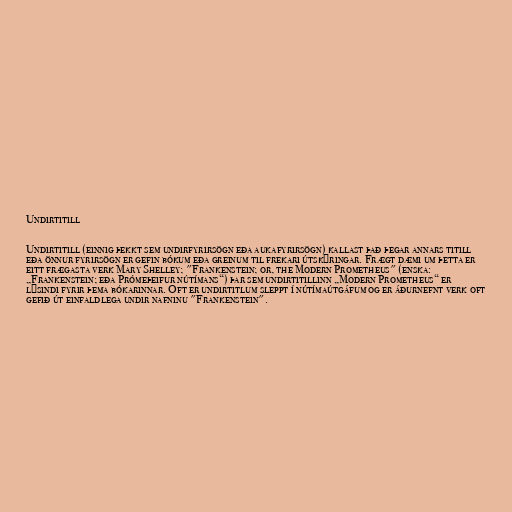
Undirtitill

Undirtitill (einnig þekkt sem undirfyrirsögn eða aukafyrirsögn) kallast það þegar annars titill
eða önnur fyrirsögn er gefin bókum eða greinum til frekari útskýringar. Frægt dæmi um þetta er
eitt frægasta verk Mary Shelley; "Frankenstein; or, the Modern Prometheus" (enska:
„Frankenstein; eða Prómeþeifur nútímans“) þar sem undirtitillinn „Modern Prometheus“ er
lýsindi fyrir þema bókarinnar. Oft er undirtitlum sleppt í nútímaútgáfum og er áðurnefnt verk oft
gefið út einfaldlega undir nafninu "Frankenstein".